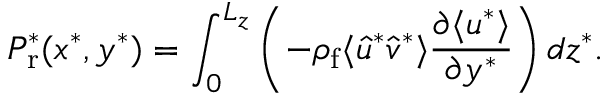
P _ { \mathrm { r } } ^ { * } ( x ^ { * } , y ^ { * } ) = \int _ { 0 } ^ { L _ { z } } \left( - \rho _ { \mathrm { f } } \langle \hat { u } ^ { * } \hat { v } ^ { * } \rangle \frac { \partial \langle u ^ { * } \rangle } { \partial y ^ { * } } \right) d z ^ { * } .